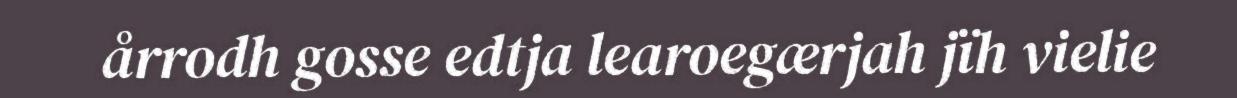
årrodh gosse edtja learoegærjah jïh vielie